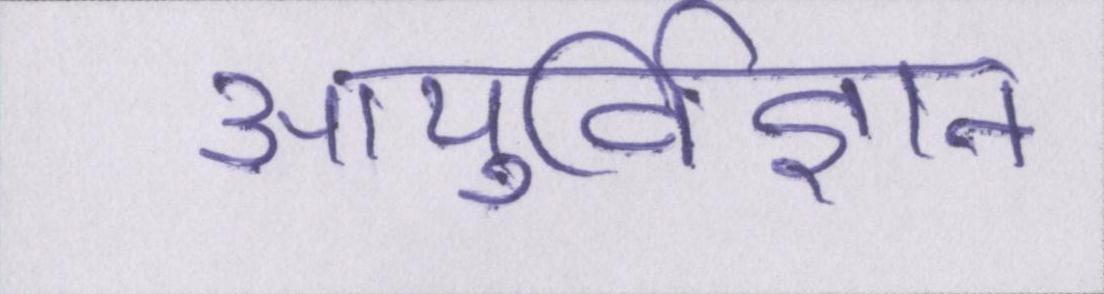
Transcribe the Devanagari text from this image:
आयुर्विज्ञान